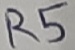
Text: R5